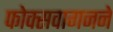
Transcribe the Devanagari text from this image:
फोक्सवागनने